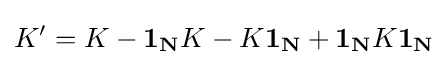
K'=K-\mathbf {1_{N}} K-K\mathbf {1_{N}} +\mathbf {1_{N}} K\mathbf {1_{N}}